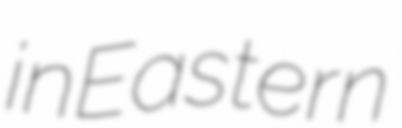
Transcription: in Eastern